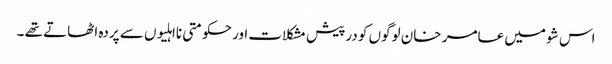
اس شو میں عامر خان لوگوں کو درپیش مشکلات اور حکومتی نااہلیوں سے پردہ اٹھاتے تھے ۔